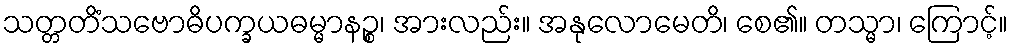
သတ္တတိံသဗောဓိပက္ခယဓမ္မာနဉ္စ၊ အားလည်း။ အနုလောမေတိ၊ စေ၏။ တသ္မာ၊ ကြောင့်။